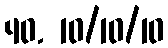
40. 10/10/10